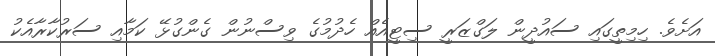
އަށެވެ. ހިމިތީގައި ސައުދީން ލަގްޒަރީ ސިޓީއެއް ހެދުމުގެ ވިސްނުން ގެންގުޅޭ ކަމާއި ސަރުކާރާއެކު